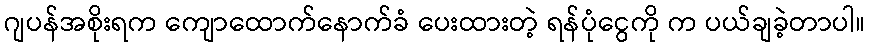
ဂျပန်အစိုးရက ကျောထောက်နောက်ခံ ပေးထားတဲ့ ရန်ပုံငွေကို က ပယ်ချခဲ့တာပါ။